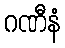
ဂဏီနံ